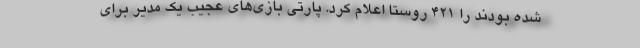
شده بودند را ۴۲۱ روستا اعلام کرد. پارتی بازی‌های عجیب یک مدیر برای